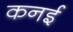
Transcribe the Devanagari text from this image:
कनई